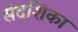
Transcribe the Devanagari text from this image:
संदशिका